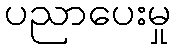
ပညာပေးမှု